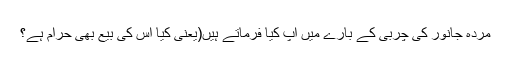
مردہ جانور کی چربی کے بارے میں آپ کیا فرماتے ہیں(یعنی کیا اس کی بیع بھی حرام ہے؟